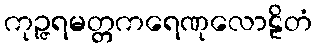
ကုဉ္ဇရမတ္တကရေဏုလောဠိတံ